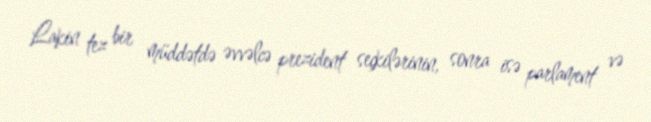
Lakin tez bir müddətdə əvvəlcə prezident seçkilərinin, sonra isə parlament və